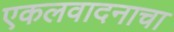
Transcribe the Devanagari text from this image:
एकलवादनाचा